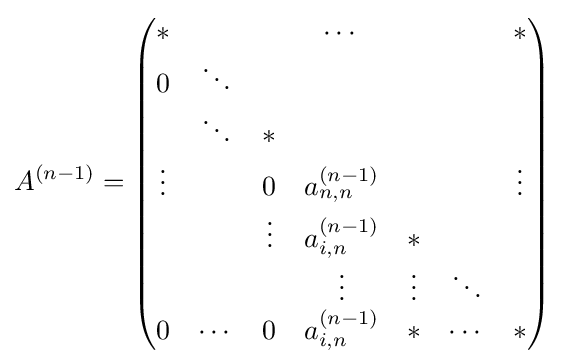
A^{(n-1)}={\begin{pmatrix}*&&&\cdots &&&*\\0&\ddots &&&&\\&\ddots &*&&&\\\vdots &&0&a_{n,n}^{(n-1)}&&&\vdots \\&&\vdots &a_{i,n}^{(n-1)}&*\\&&&\vdots &\vdots &\ddots \\0&\cdots &0&a_{i,n}^{(n-1)}&*&\cdots &*\end{pmatrix}}